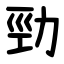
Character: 勁